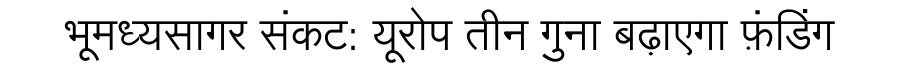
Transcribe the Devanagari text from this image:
भूमध्यसागर संकट: यूरोप तीन गुना बढ़ाएगा फ़ंडिंग